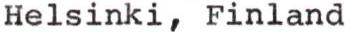
Helsinki, Finland